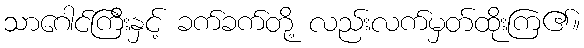
သာဂေါင်ကြီးနှင့် ခက်ခက်တို့ လည်းလက်မှတ်ထိုးကြ၏။